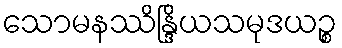
သောမနဿိန္ဒြိယသမုဒယဉ္စ